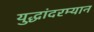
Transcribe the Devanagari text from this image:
युद्धांदरम्यान